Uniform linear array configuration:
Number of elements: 48
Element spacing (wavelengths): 0.25
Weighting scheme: exponential
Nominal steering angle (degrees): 15
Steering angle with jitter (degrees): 15.564
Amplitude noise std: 0.05
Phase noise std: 0.05

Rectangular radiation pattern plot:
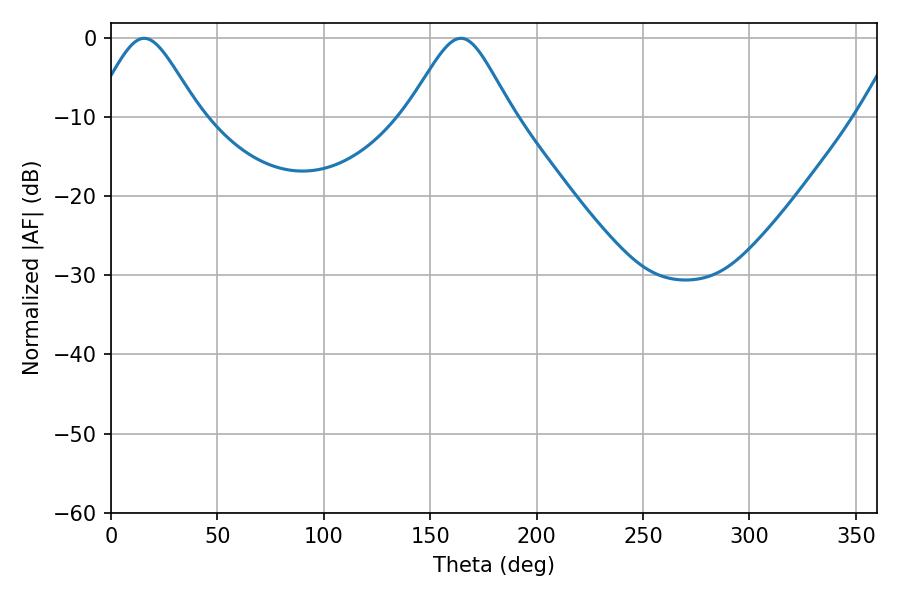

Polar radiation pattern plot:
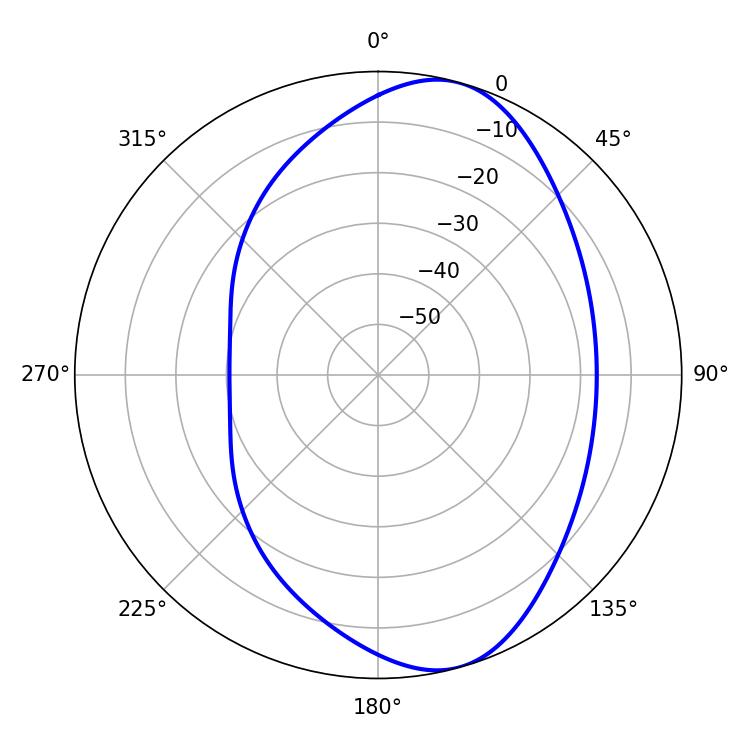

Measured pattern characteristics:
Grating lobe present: FALSE
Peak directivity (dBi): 8.243
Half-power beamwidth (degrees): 24.12
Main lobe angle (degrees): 15.66